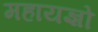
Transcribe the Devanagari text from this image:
महायज्ञो